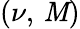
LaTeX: (\nu,\, \mathit{M})